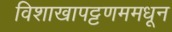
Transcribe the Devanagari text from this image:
विशाखापट्टणममधून